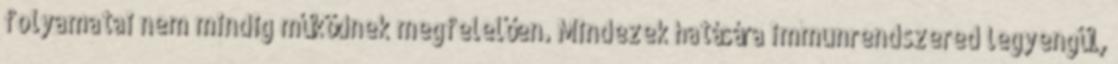
folyamatai nem mindig működnek megfelelően. Mindezek hatására immunrendszered legyengül,